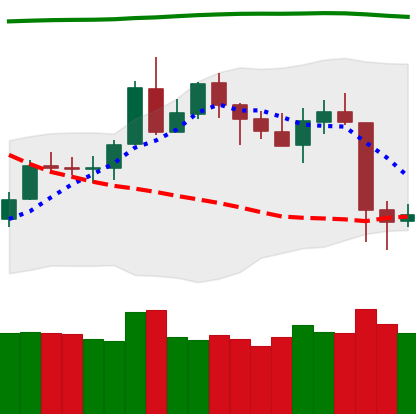
Ticker: LTC-USD
Chart end date: 2020-05-12
Forward return: 3.631%
Label: up_3_5